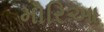
મોરિઆ